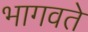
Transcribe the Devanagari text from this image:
भागवते